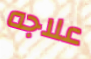
علاجه